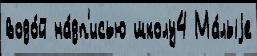
водо́й на́дп'исью школу4 Ма́лыjе